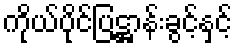
ကိုယ်ပိုင်ပြဋ္ဌာန်းခွင့်နှင့်